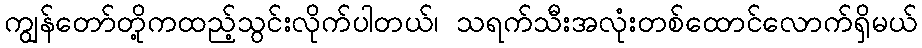
ကျွန်တော်တို့ကထည့်သွင်းလိုက်ပါတယ်၊ သရက်သီးအလုံးတစ်ထောင်လောက်ရှိမယ်